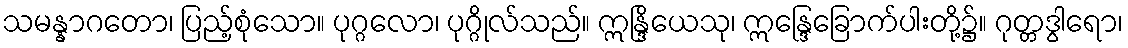
သမန္နာဂတော၊ ပြည့်စုံသော။ ပုဂ္ဂလော၊ ပုဂ္ဂိုလ်သည်။ ဣန္ဒြိယေသု၊ ဣန္ဒြေခြောက်ပါးတို့၌။ ဂုတ္တဒွါရော၊